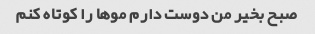
صبح بخیر من دوست دارم موها را کوتاه کنم